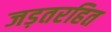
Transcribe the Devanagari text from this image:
जड़तरहित